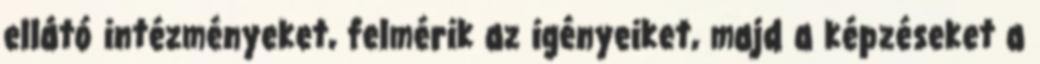
ellátó intézményeket, felmérik az igényeiket, majd a képzéseket a